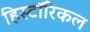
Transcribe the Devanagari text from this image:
हिस्टाॅरिकल